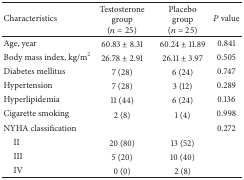
<table><thead><tr><td><b>Characteristics </b></td><td><b>Testosterone group(<i>n</i> = 25)</b></td><td><b>Placebo group(<i>n</i> = 25)</b></td><td><b><i>P</i> value</b></td></tr></thead><tbody><tr><td>Age, year</td><td>60.83 ± 8.31</td><td>60.24 ± 11.89</td><td>0.841</td></tr><tr><td>Body mass index, kg/m<sup>2</sup></td><td>26.78 ± 2.91</td><td>26.11 ± 3.97</td><td>0.505</td></tr><tr><td>Diabetes mellitus </td><td>7 (28)</td><td>6 (24)</td><td>0.747</td></tr><tr><td>Hypertension</td><td>7 (28)</td><td>3 (12)</td><td>0.289</td></tr><tr><td>Hyperlipidemia </td><td>11 (44)</td><td>6 (24)</td><td>0.136</td></tr><tr><td>Cigarette smoking</td><td>2 (8)</td><td>1 (4)</td><td>0.998</td></tr><tr><td>NYHA classification</td><td> </td><td> </td><td>0.272</td></tr><tr><td> II</td><td>20 (80)</td><td>13 (52)</td><td> </td></tr><tr><td> III</td><td>5 (20)</td><td>10 (40)</td><td> </td></tr><tr><td> IV</td><td>0 (0)</td><td>2 (8)</td><td> </td></tr></tbody></table>